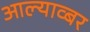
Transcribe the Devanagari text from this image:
आल्याव्बर